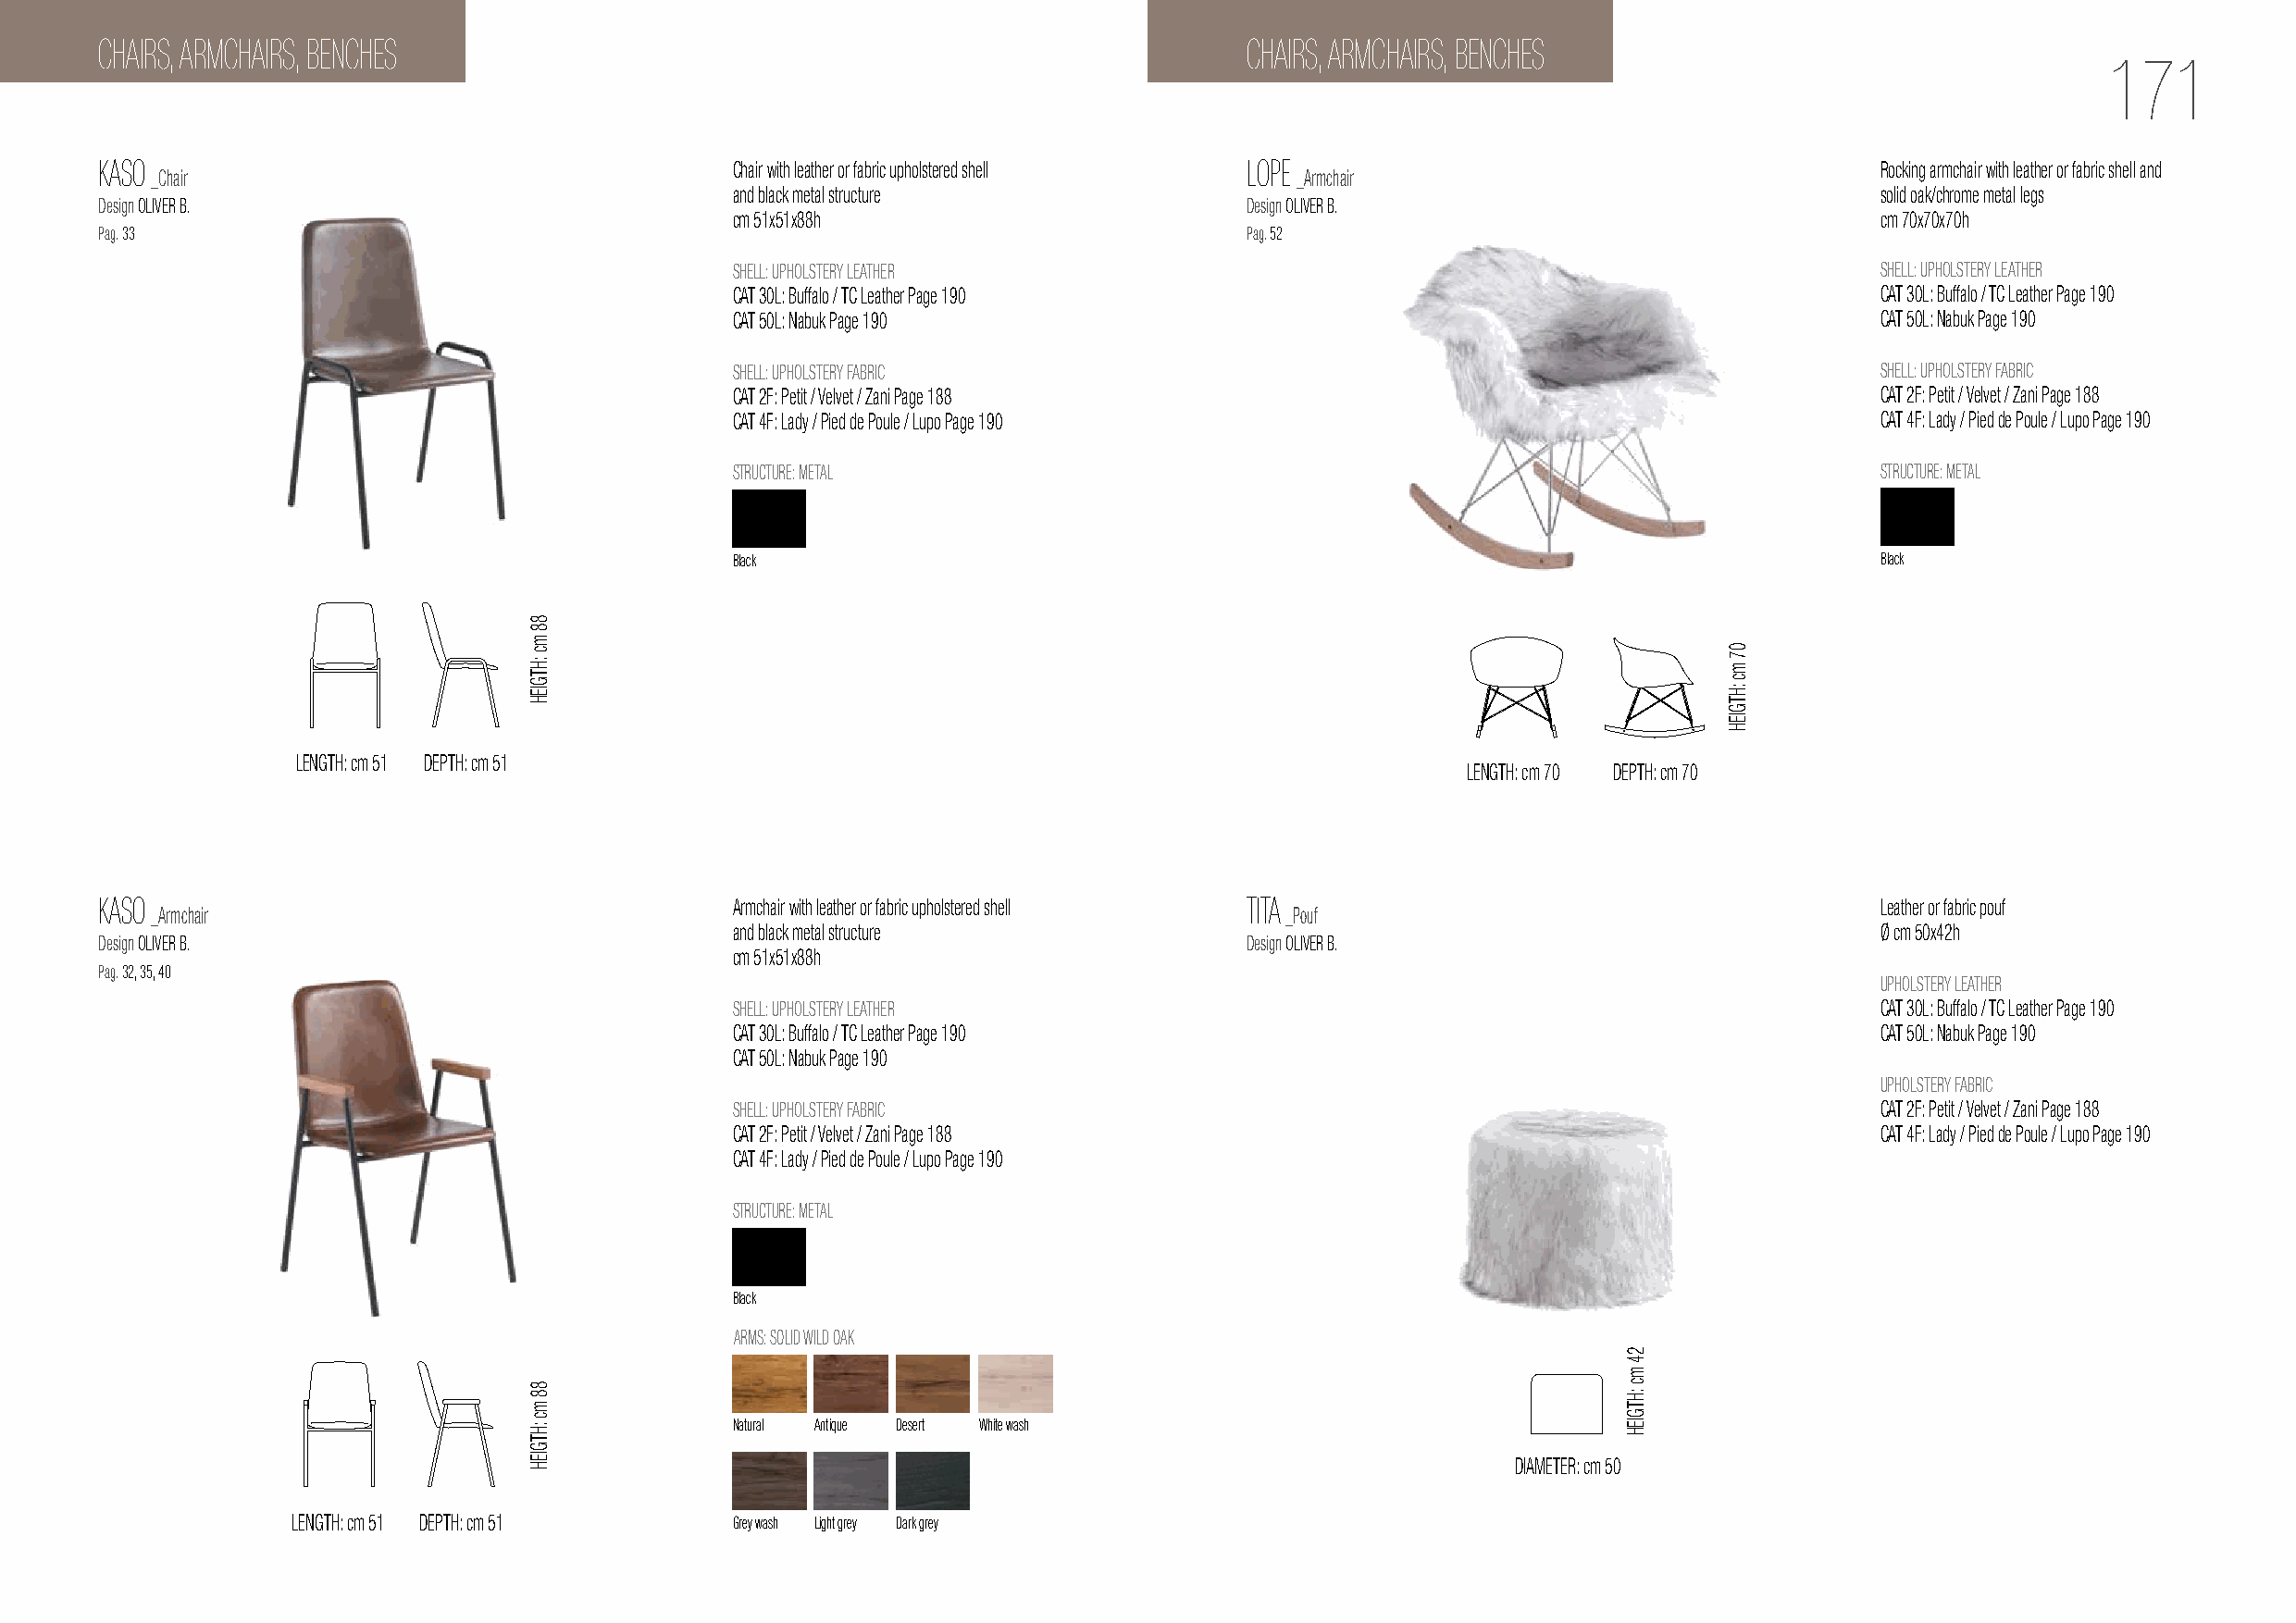
CHAIRS, ARMCHAIRS, BENCHES                                                        CHAIRS, ARMCHAIRS, BENCHES
 171
 KASO                                         Chair with leather or fabric upholstered shell LOPE                               Rocking armchair with leather or fabric shell and
 _Chair                                                                            _Armchair
 and black metal structure                                                         solid oak/chrome metal legs
 Design OLIVER B.                                                                  Design OLIVER B.
 cm 51x51x88h                                                                      cm 70x70x70h
 Pag. 33                                                                           Pag. 52
 SHELL: UPHOLSTERY LEATHER                                                         SHELL: UPHOLSTERY LEATHER
 CAT 30L: Buffalo / TC Leather Page 190                                            CAT 30L: Buffalo / TC Leather Page 190
 CAT 50L: Nabuk Page 190                                                           CAT 50L: Nabuk Page 190
 SHELL: UPHOLSTERY FABRIC                                                          SHELL: UPHOLSTERY FABRIC
 CAT 2F: Petit / Velvet / Zani Page 188                                            CAT 2F: Petit / Velvet / Zani Page 188
 CAT 4F: Lady / Pied de Poule / Lupo Page 190                                      CAT 4F: Lady / Pied de Poule / Lupo Page 190
 STRUCTURE: METAL                                                                  STRUCTURE: METAL
 Black                                                                             Black
 LENGTH: cm 51 DEPTH: cm 51
 LENGTH: cm 70 DEPTH: cm 70
 KASO                                         Armchair with leather or fabric upholstered shell TITA                            Leather or fabric pouf
 _Armchair                                                                        _Pouf
 and black metal structure                                                         Ø cm 50x42h
 Design OLIVER B.                                                                  Design OLIVER B.
 cm 51x51x88h
 Pag. 32, 35, 40
 UPHOLSTERY LEATHER
 SHELL: UPHOLSTERY LEATHER                                                         CAT 30L: Buffalo / TC Leather Page 190
 CAT 30L: Buffalo / TC Leather Page 190                                            CAT 50L: Nabuk Page 190
 CAT 50L: Nabuk Page 190
 UPHOLSTERY FABRIC
 SHELL: UPHOLSTERY FABRIC                                                          CAT 2F: Petit / Velvet / Zani Page 188
 CAT 2F: Petit / Velvet / Zani Page 188                                            CAT 4F: Lady / Pied de Poule / Lupo Page 190
 CAT 4F: Lady / Pied de Poule / Lupo Page 190
 STRUCTURE: METAL
 Black
 ARMS: SOLID WILD OAK
 Natural Antique Desert White wash
 DIAMETER: cm 50
 LENGTH: cm 51 DEPTH: cm 51     Grey wash Light grey Dark grey
 88
 mc
 :HTGIEH
 88
 mc
 :HTGIEH
 24
 mc
 :HTGIEH
 07
 mc
 :HTGIEH